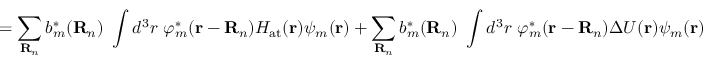
= \sum _ { \mathbf { R } _ { n } } b _ { m } ^ { * } ( \mathbf { R } _ { n } ) \ \int d ^ { 3 } r \ \varphi _ { m } ^ { * } ( \mathbf { r } - \mathbf { R } _ { n } ) H _ { \mathrm { a t } } ( \mathbf { r } ) \psi _ { m } ( \mathbf { r } ) + \sum _ { \mathbf { R } _ { n } } b _ { m } ^ { * } ( \mathbf { R } _ { n } ) \ \int d ^ { 3 } r \ \varphi _ { m } ^ { * } ( \mathbf { r } - \mathbf { R } _ { n } ) \Delta U ( \mathbf { r } ) \psi _ { m } ( \mathbf { r } )